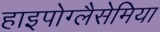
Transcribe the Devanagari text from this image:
हाइपोग्लैसेमिया